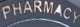
PHARMACY